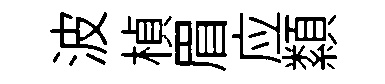
波楨眉应纇